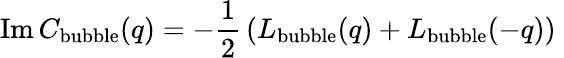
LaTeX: \mathrm{Im}\, C_{\mathrm{bubble}}(q)=-{\frac{1}{2}}\left(L_{\mathrm{bubble}}(q)+L_{\mathrm{bubble}}(-q)\right)\;